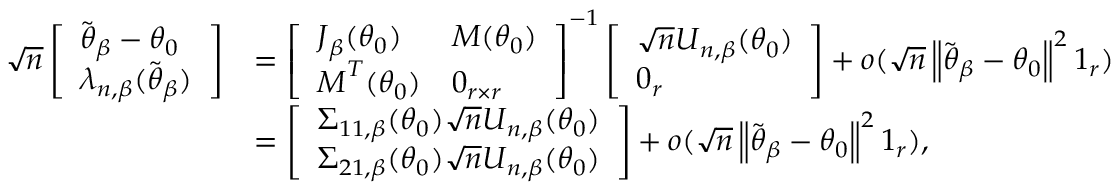
\begin{array} { r l } { \sqrt { n } \left[ \begin{array} { l } { \widetilde { \boldsymbol { \theta } } _ { \beta } - \boldsymbol { \theta } _ { 0 } } \\ { \boldsymbol { \lambda } _ { n , \beta } ( \widetilde { \boldsymbol { \theta } } _ { \beta } ) } \end{array} \right] } & { = \left[ \begin{array} { l l } { \boldsymbol { J } _ { \beta } ( \boldsymbol { \theta } _ { 0 } ) } & { \boldsymbol { M } ( \boldsymbol { \theta } _ { 0 } ) } \\ { \boldsymbol { M } ^ { T } ( \boldsymbol { \theta } _ { 0 } ) } & { \boldsymbol { 0 } _ { r \times r } } \end{array} \right] ^ { - 1 } \left[ \begin{array} { l } { \sqrt { n } \boldsymbol { U } _ { n , \beta } ( \boldsymbol { \theta } _ { 0 } ) } \\ { \boldsymbol { 0 } _ { r } } \end{array} \right] + o ( \sqrt { n } \left\Vert \widetilde { \boldsymbol { \theta } } _ { \beta } - \boldsymbol { \theta } _ { 0 } \right\Vert ^ { 2 } \boldsymbol { 1 } _ { r } ) } \\ & { = \left[ \begin{array} { l } { \boldsymbol { \Sigma } _ { 1 1 , \beta } ( \boldsymbol { \theta } _ { 0 } ) \sqrt { n } \boldsymbol { U } _ { n , \beta } ( \boldsymbol { \theta } _ { 0 } ) } \\ { \boldsymbol { \Sigma } _ { 2 1 , \beta } ( \boldsymbol { \theta } _ { 0 } ) \sqrt { n } \boldsymbol { U } _ { n , \beta } ( \boldsymbol { \theta } _ { 0 } ) } \end{array} \right] + o ( \sqrt { n } \left\Vert \widetilde { \boldsymbol { \theta } } _ { \beta } - \boldsymbol { \theta } _ { 0 } \right\Vert ^ { 2 } \boldsymbol { 1 } _ { r } ) , } \end{array}